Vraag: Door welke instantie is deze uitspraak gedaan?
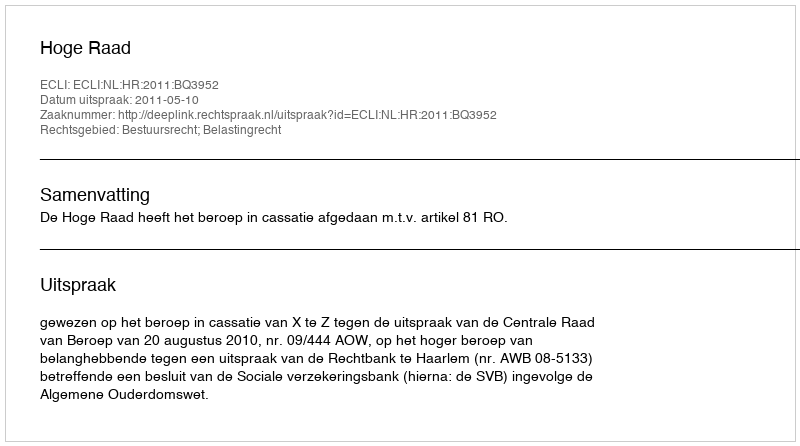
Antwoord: Hoge Raad